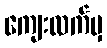
ကျေးလက်မှ